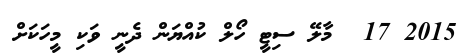
2015 17  މާލޭ ސިޓީ ހޯލް ކުއްޔަން ދެނީ ވަކި މީހަކަށް